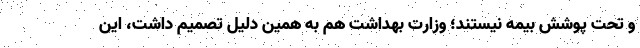
و تحت پوشش بیمه نیستند؛ وزارت بهداشت هم به همین دلیل تصمیم داشت، این